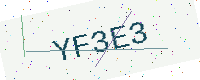
Text: YF3E3